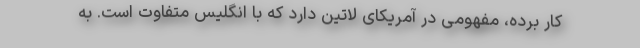
کار برده، مفهومی در آمریکای لاتین دارد که با انگلیس متفاوت است. به